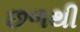
છળથી